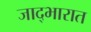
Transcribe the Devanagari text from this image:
जाद्भारात